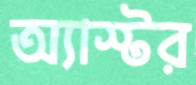
অ্যাস্টর